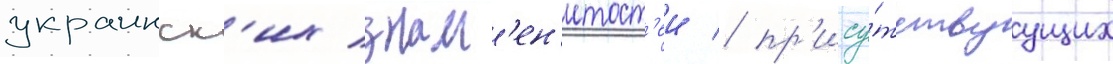
украинск'их знам'ен'итост'еи / пр'ису́тствуущих